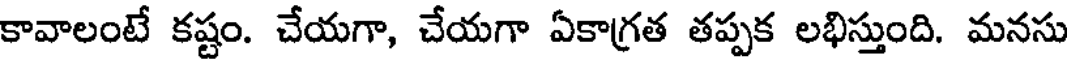
కావాలంటే కష్టం. చేయగా, చేయగా ఏకాగ్రత తప్పక లభిస్తుంది. మనసు